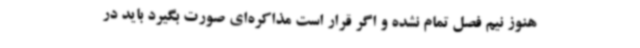
هنوز نیم فصل تمام نشده و اگر قرار است مذاکره‌ای صورت بگیرد باید در